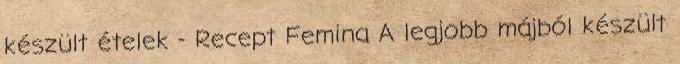
készült ételek - Recept Femina A legjobb májból készült